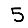
Digit: 5